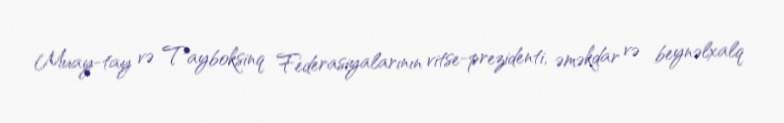
Muay-tay və Tayboksinq Federasiyalarının vitse-prezidenti, əməkdar və beynəlxalq